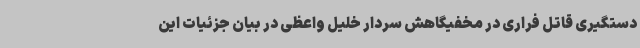
دستگیری قاتل فراری در مخفیگاهش سردار خلیل واعظی در بیان جزئیات این